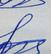
Signature authenticity: genuine